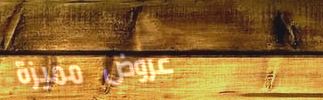
عروض مميزة